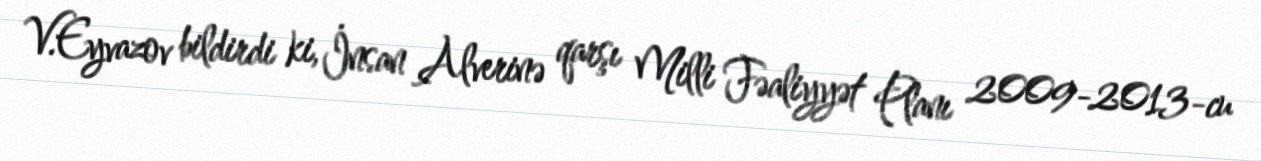
V.Eyvazov bildirdi ki, İnsan Alverinə qarşı Milli Fəaliyyət Planı 2009-2013-cu